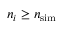
n _ { i } \geq { \ensuremath { n _ { \mathrm { s i m } } } }